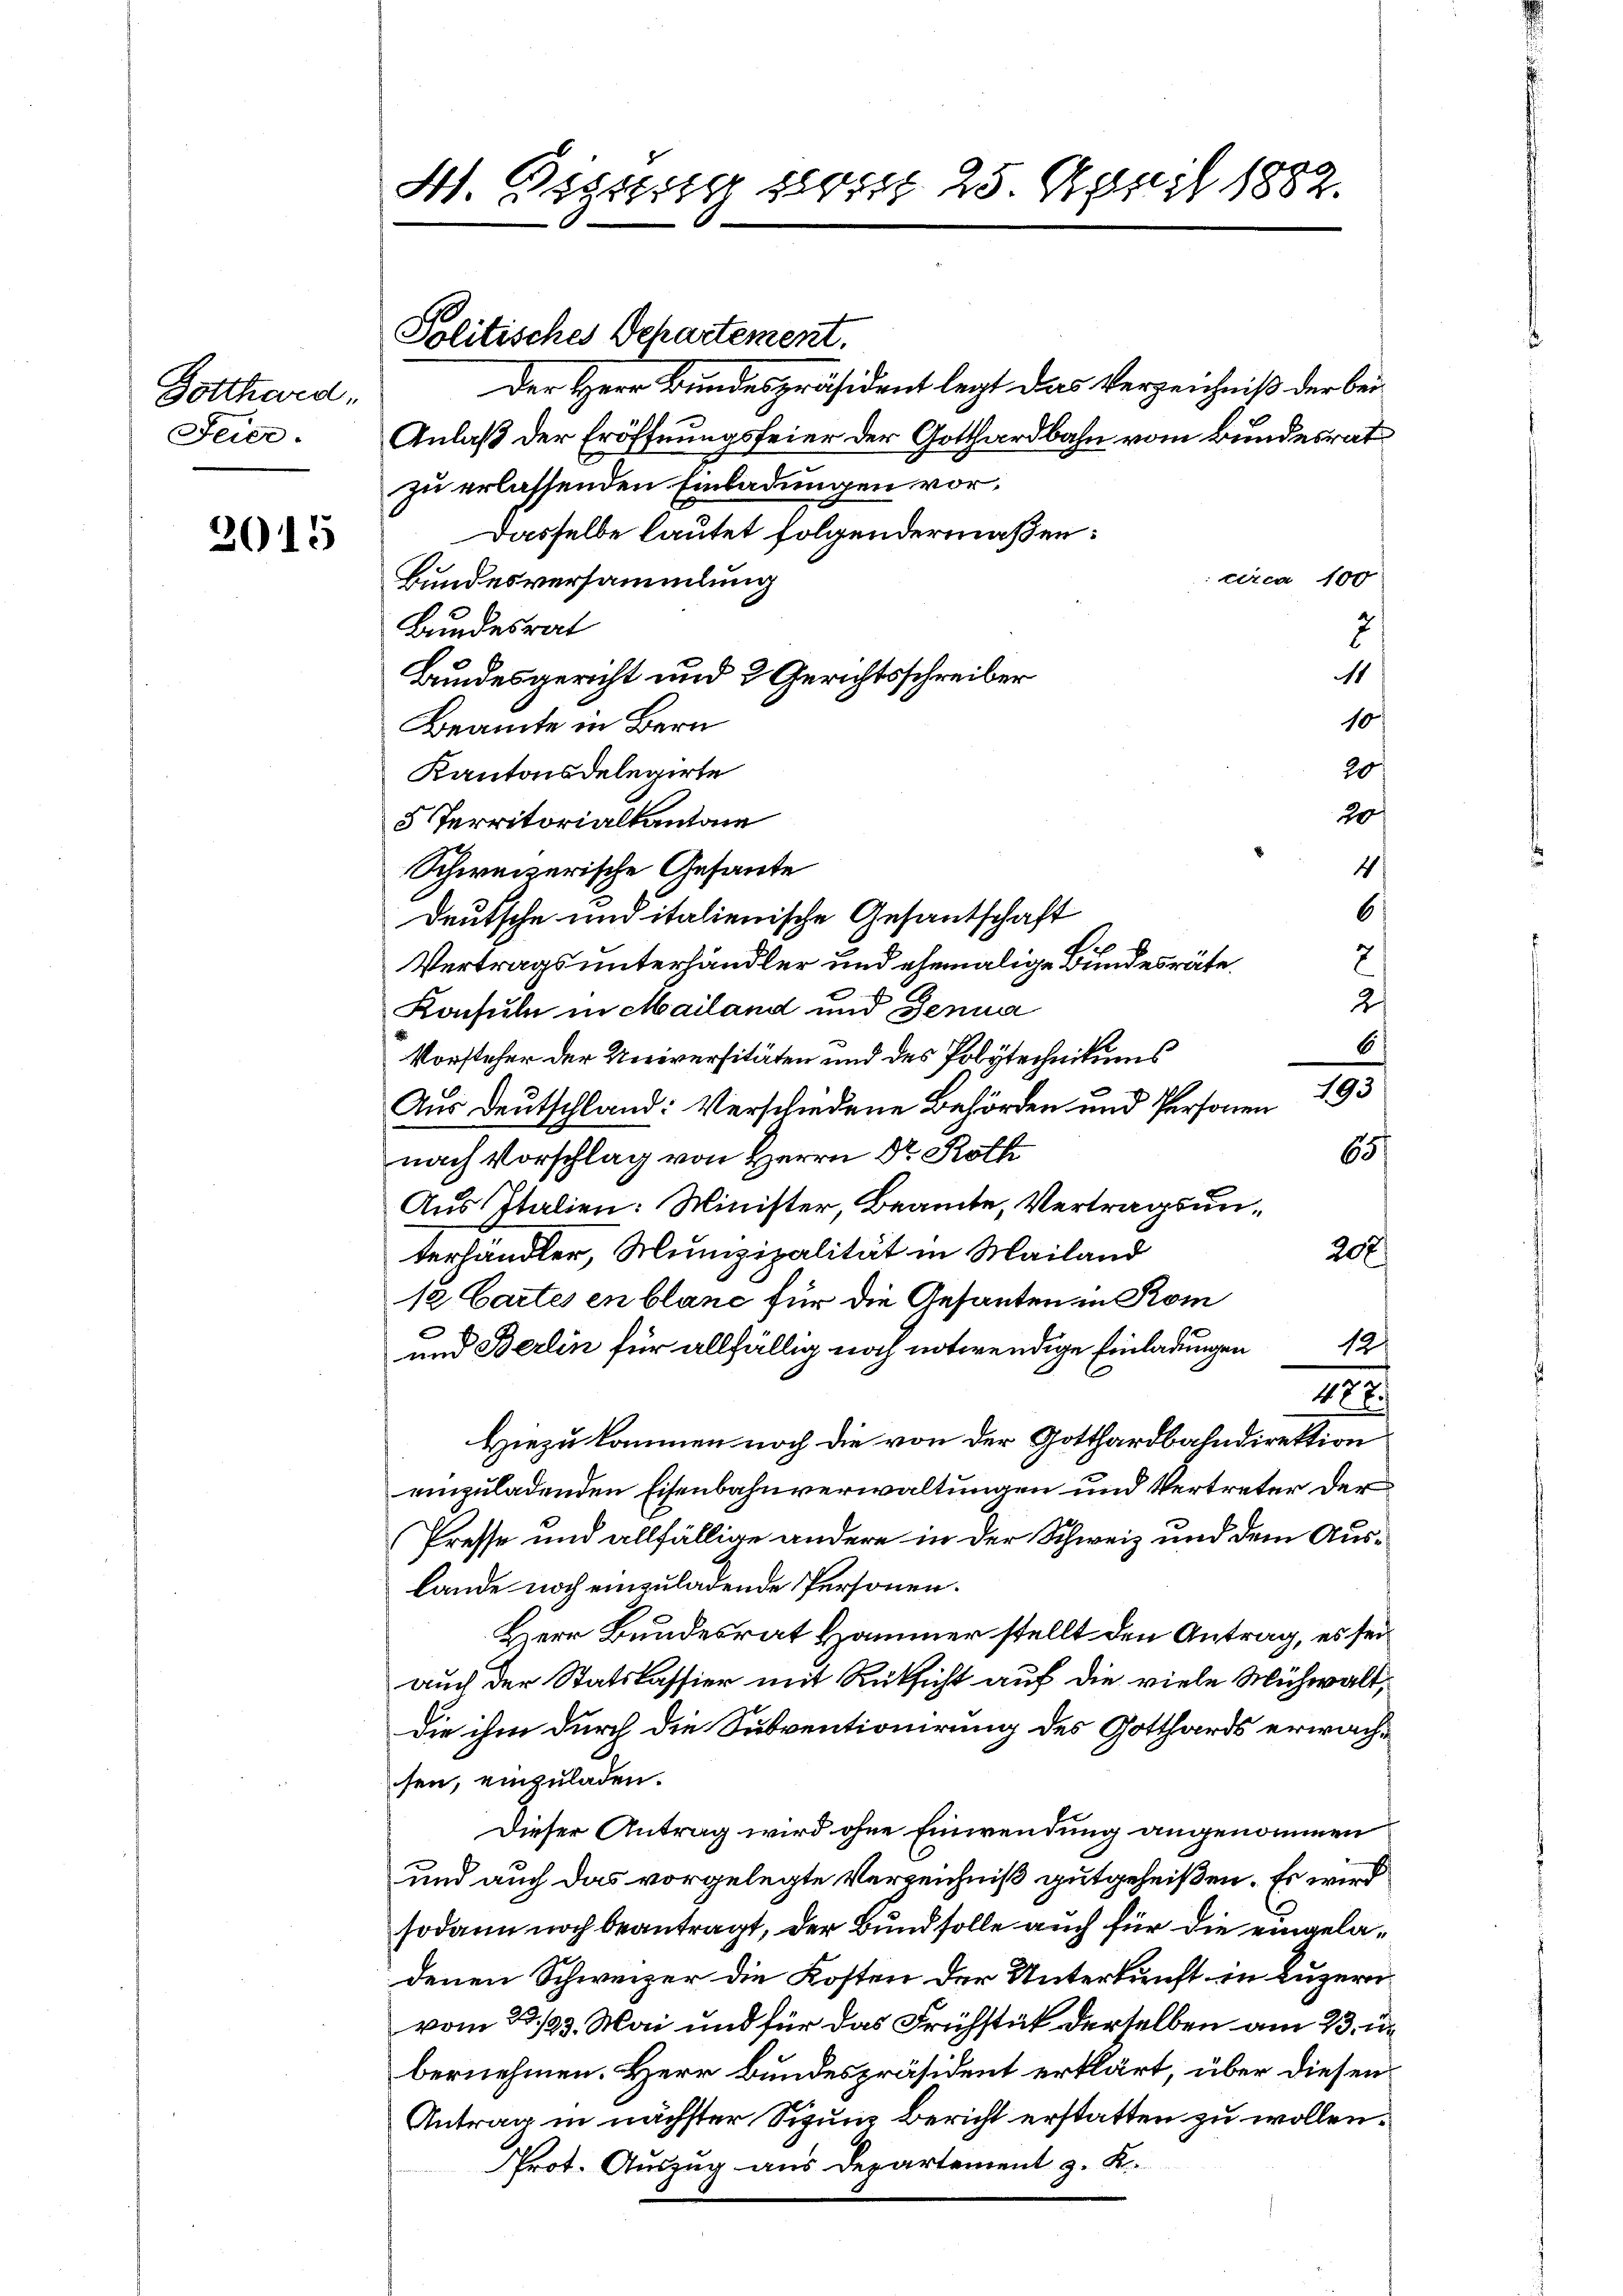
Gotthard,
Feier.

2015

M. Sigg vom 25. April 1882.

Politisches Departement.

Der Herr Bundespräsident legt das Verzeichniß der bei
Anlaß der Eröffnungsfeier der Gotthardbahn vom Bundesrat
zu erlassenden Einladungen vor¬
Dasselbe lautet folgendermaßen:
Bundesversammlung
Bundesrat
Bundesgericht und 2 Gerichtsschreiber
10
Beamte in Bern
20
Kantonsdelegirte
2
5 Territorialkantone
Ich
Schweizerische Gesante
6
Deutsche und italienische Gesantschaft
d
h
Vertragsunterhändler und ehemalige Bundesräte,
c
2
Konsuln in Mailand und Jenna
Vorsteher der Universitäten und des Polytechnikums
Aus Deutschland: Verschiedene Behörden und Personen 193
nach Vorschlag von Herrn Dr Roth
Aus Italien: Minister, Beamte, Vertragsunterhändler, Munizipalität in Mailand
12 Cartes en blanc für die Gesanten in Kom
und Berlin für allfällig noch notwendige Einladungen 12
188
Hiezu kommen noch die von der Gotthardbahndirektion
einzuladenden Eisenbahnverwaltungen und Vertreter der
Presse und allfällige andere in der Schweiz und dem Auslande noch einzuladende Personen.
Herr Bundesrat Hammer stellt den Antrag, es sei
auch der Statskassier mit Rücksicht auf die viele Mühwalt,
die ihm durch die Subventionirung des Gotthards erwachsen, einzuladen.
Dieser Antrag wird ohne Einwendung angenommen
und auch das vorgelegte Verzeichniß gutgeheißen. Es wird
sodann noch beantragt, der Bund solle auch für die eingeladenen Schweizer die Kosten der Unterkunft in Luzern
vom 23./23. Mai und für das Frühstät derselben am 23. u.
bernehmen. Herr Bundespräsident erklärt, über diesen
Antrag in nächster Sigung Bericht erstatten zu wollen.
Prot. Auszug aus Departement z. K.

circa 100

6)
65
208

3
1